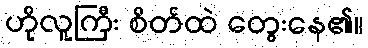
ဟိုလူကြီး စိတ်ထဲ တွေးနေ၏။